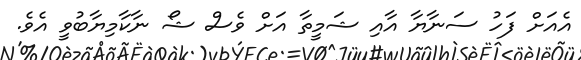
އެއަށް ފަހު ސަނާޔާ އާއި ޝަމީތާ އަށް ވެސް ޝޯ ނާކާމިޔާބުވީ އެވެ.